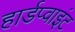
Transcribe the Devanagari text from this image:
हार्डप्वाइंट